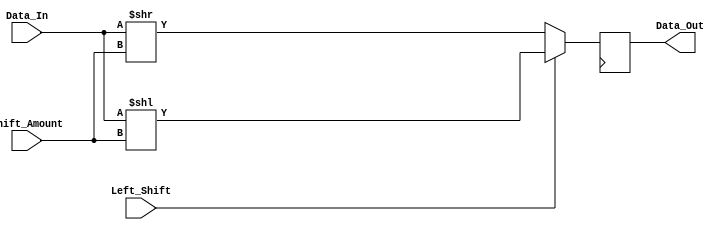
module Barrel_Shifter (
    input [7:0] Data_In,
    input [2:0] Shift_Amount,
    input Left_Shift,
    output reg [7:0] Data_Out
);

reg [7:0] Shifted_Data;

always @(*)
begin
    if(Left_Shift)
        Shifted_Data = Data_In << Shift_Amount;
    else
        Shifted_Data = Data_In >> Shift_Amount;
end

always @(posedge clk)
begin
    Data_Out <= Shifted_Data;
end

endmodule